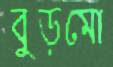
বুড়মো